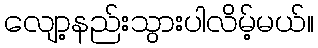
လျော့နည်းသွားပါလိမ့်မယ်။